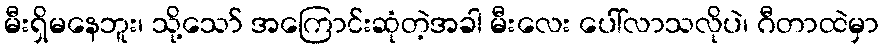
မီးရှိမနေဘူး၊ သို့သော် အကြောင်းဆုံတဲ့အခါ မီးလေး ပေါ်လာသလိုပဲ၊ ဂီတာထဲမှာ